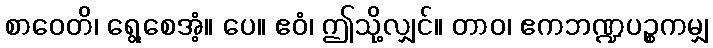
စာဝေတိ၊ ရွေ့စေအံ့။ ပေ။ ဧဝံ၊ ဤသို့လျှင်။ တာဝ၊ ဧကဘဏ္ဍပဉ္စကမျှ